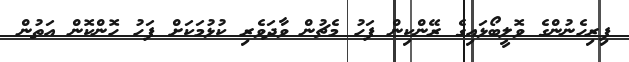
ފިރިހެނުންގެ ވޮލީބޯޅައިގެ ރޭންކިން ފަހު މެޗުން ވާދަވެރި ކުޅުމަކަށް ފަހު ހޮންކޮން އަތުން